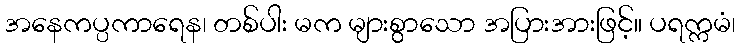
အနေကပ္ပကာရေန၊ တစ်ပါး မက များစွာသော အပြားအားဖြင့်။ ပရက္ကမံ၊